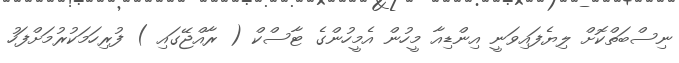
ނިސްބަތްކޮށް ލިޔެފައިވަނީ އިންޑިއާ މީހުން އެމީހުންގެ ޓާސްކް ( ރާއްޖޭގައި ) ފުރިހަމަކުރުމަށްފަހު